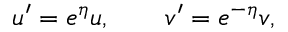
u ^ { \prime } = e ^ { \eta } u , \qquad v ^ { \prime } = e ^ { - \eta } v ,